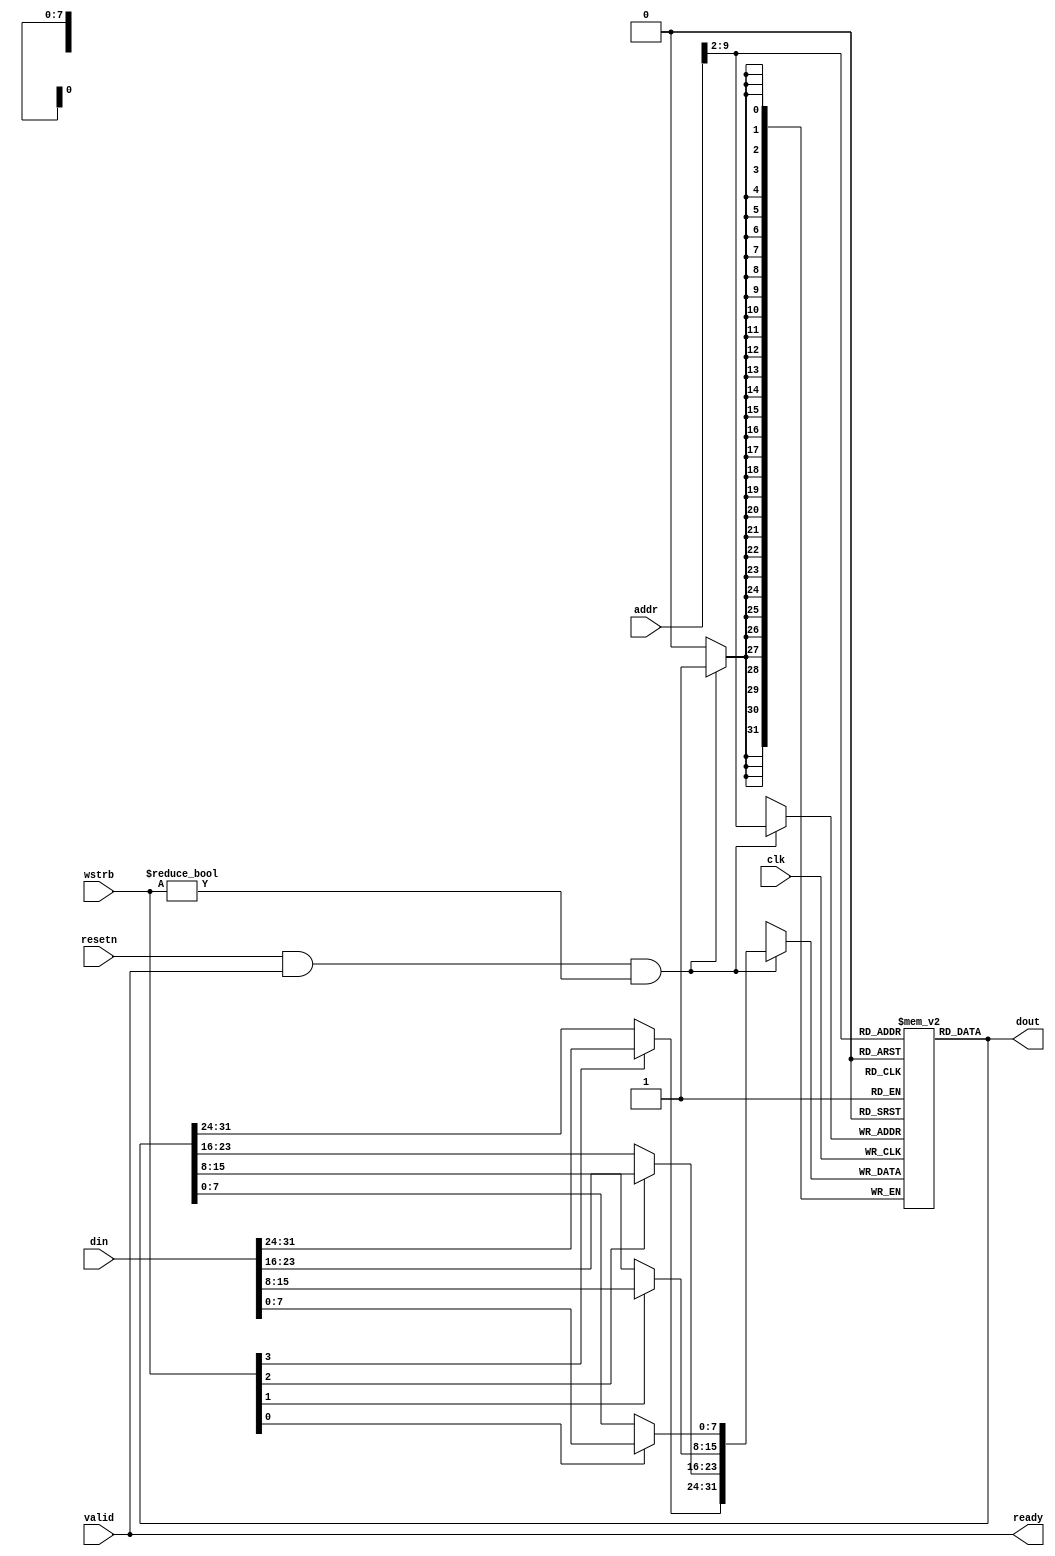
// This program was cloned from: https://github.com/katherinezhao02/karatroc-hsm
// License: MIT License

`timescale 1 ns / 1 ps

module ram #(
    parameter ADDR_BITS = 10,
    parameter FILENAME = "ram.mem"
) (
    input clk,
    input resetn,
    input valid,
    input [31:0] addr,
    input [31:0] din,
    input [3:0] wstrb,
    output [31:0] dout,
    output ready
);

wire [ADDR_BITS-3:0] idx = addr[ADDR_BITS-1:2];
reg [31:0] ram [(2**(ADDR_BITS-2))-1:0];

wire [31:0] din_masked = {wstrb[3] ? din[31:24] : ram[idx][31:24],
    wstrb[2] ? din[23:16] : ram[idx][23:16],
    wstrb[1] ? din[15:8] : ram[idx][15:8],
    wstrb[0] ? din[7:0] : ram[idx][7:0]};

always @(posedge clk) begin
    if (resetn && valid && wstrb != 4'b0000) begin
        ram[idx] <= din_masked;
    end
end

assign dout = ram[idx];
assign ready = valid; // always ready

endmodule